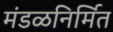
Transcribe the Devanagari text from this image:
मंडळनिर्मित